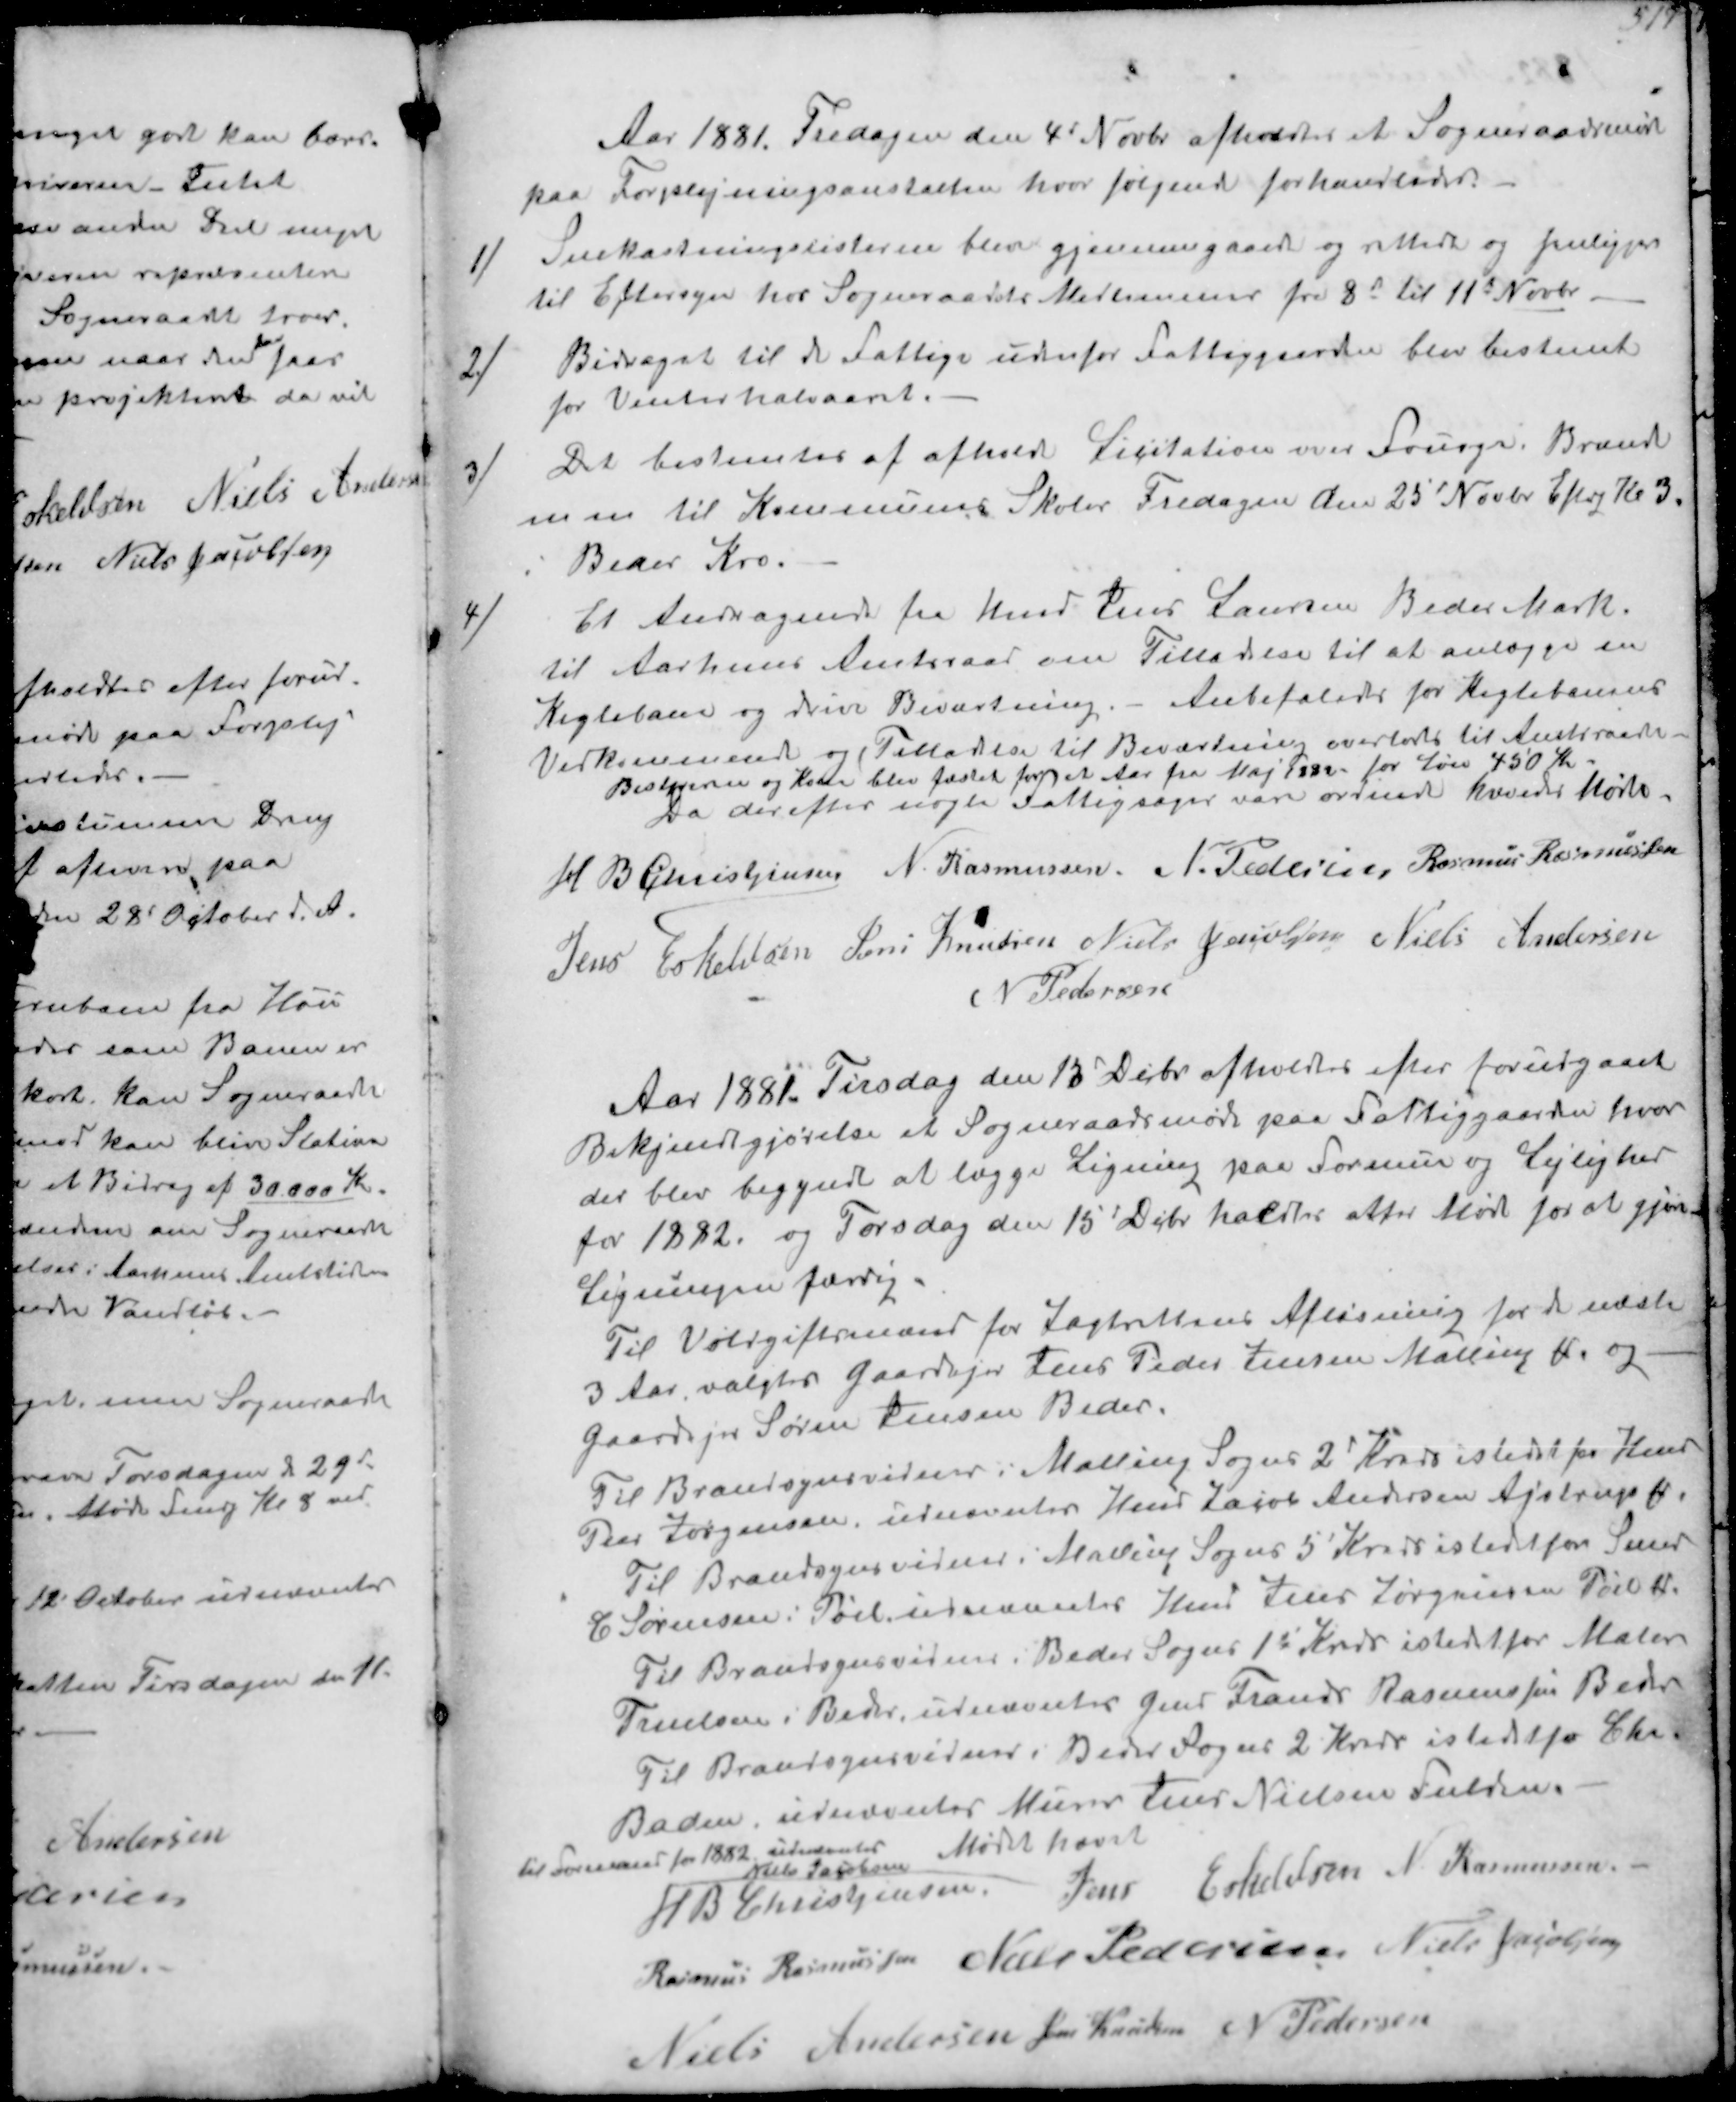
Transskription:
Aar 1881. Fredagen den 4d Novbr afholdtes et Sogneraadsmøde
paa Forplejningsanstalten hvor følgende forhandledes:
1/
Snekastningslisterne blev gjennemgaaede og rettede og fremligger
til Eftersyn hos Sogneraadets Medlemmer fra 8d til 11d Novbr.
2/
Bidraget til de Fattige udenfor Fattiggaarden blev bestemt
for Vinterhalvaaret.
3/
Det bestemtes af afholde Licitation over Fourage. Brænde
m m til Kommunes Skoler Fredagen den 25' Novbr Eftrg Kl 3.
i Beder Kro.
4/
Et Andragende fra Hmd Peer Laursen Beder Mark.
til Aarhuus Amtsraad om Tilladelse til at anlægge en
Keglebane og drive Beværtning.- Anbefaledes for Keglebanens
Vedkommende og (Tilladelse til Beværtning overlodes til Amtsråads.
Bestyreren og Kone blev fæstet for et Aar fra Maj 1882- for Løn 450 Kr.
Da derefter nogle Fattigsager vare ordnede hævedes Mødet
H B Christjansen
N. Rasmussen
N. Pedersen
Rasmus Rasmussen
Jens Eskelsen
Jens Knudsen
Niels Jacobsen
Niels Andersen
N Pedersen

Aar 1881 Tirsdag den 13' Debr afholdtes efter forudgaaet
Bekjendtgørelse et Sogneraadsmøde paa Fattiggaarden hvor
der blev begyndt at lægge Ligning paa Formue og Lejlighed
for 1882 og Torsdag den 15' Dcbr. holdtes atter Møde for at gjøre
Ligningen færdig.
Til Voldgiftsmand for Jagtrettens Afløsning for de næste
3 Aar valgtes Gaardejer Jens Peder Jensen Malling V og
Gaardejer Søren Jensen Beder.
Til Brandsynsvidner i Malling Sogns 2' Kreds istedet for Hmd
Peer Jørgensen, udnævntes Hmd Jacob Andersen Ajstrup M
Til Brandsynsvidne i Maling Sogns 5' Kreds istedet for Smed
C Sørensen Pøel udnævntes Hmd Jens Jørgensen Pøel M
Til Brandsynsvidne i Beder Sogns 1s Kreds istedet for Maler
Truelsen i Beder udnævnter Gmd Frands Rasmussen Beder
Til Brandsynsvidne i Beøn Sogns 2 Kreds istedet for Chr.
Baden, udnævntes Murer Jens Nielsen Fulden
til Formand for 1882 udnævntes
Niels Jacobsen
Mødet hævet
H B Christjansen.
Jens Eskeldsen
N Rasmussen.
Rasmus Rasmussen
Niels Pedersen
Niels Jacobsen
Niels Andersen
Jens Knudsen
N Pedersen